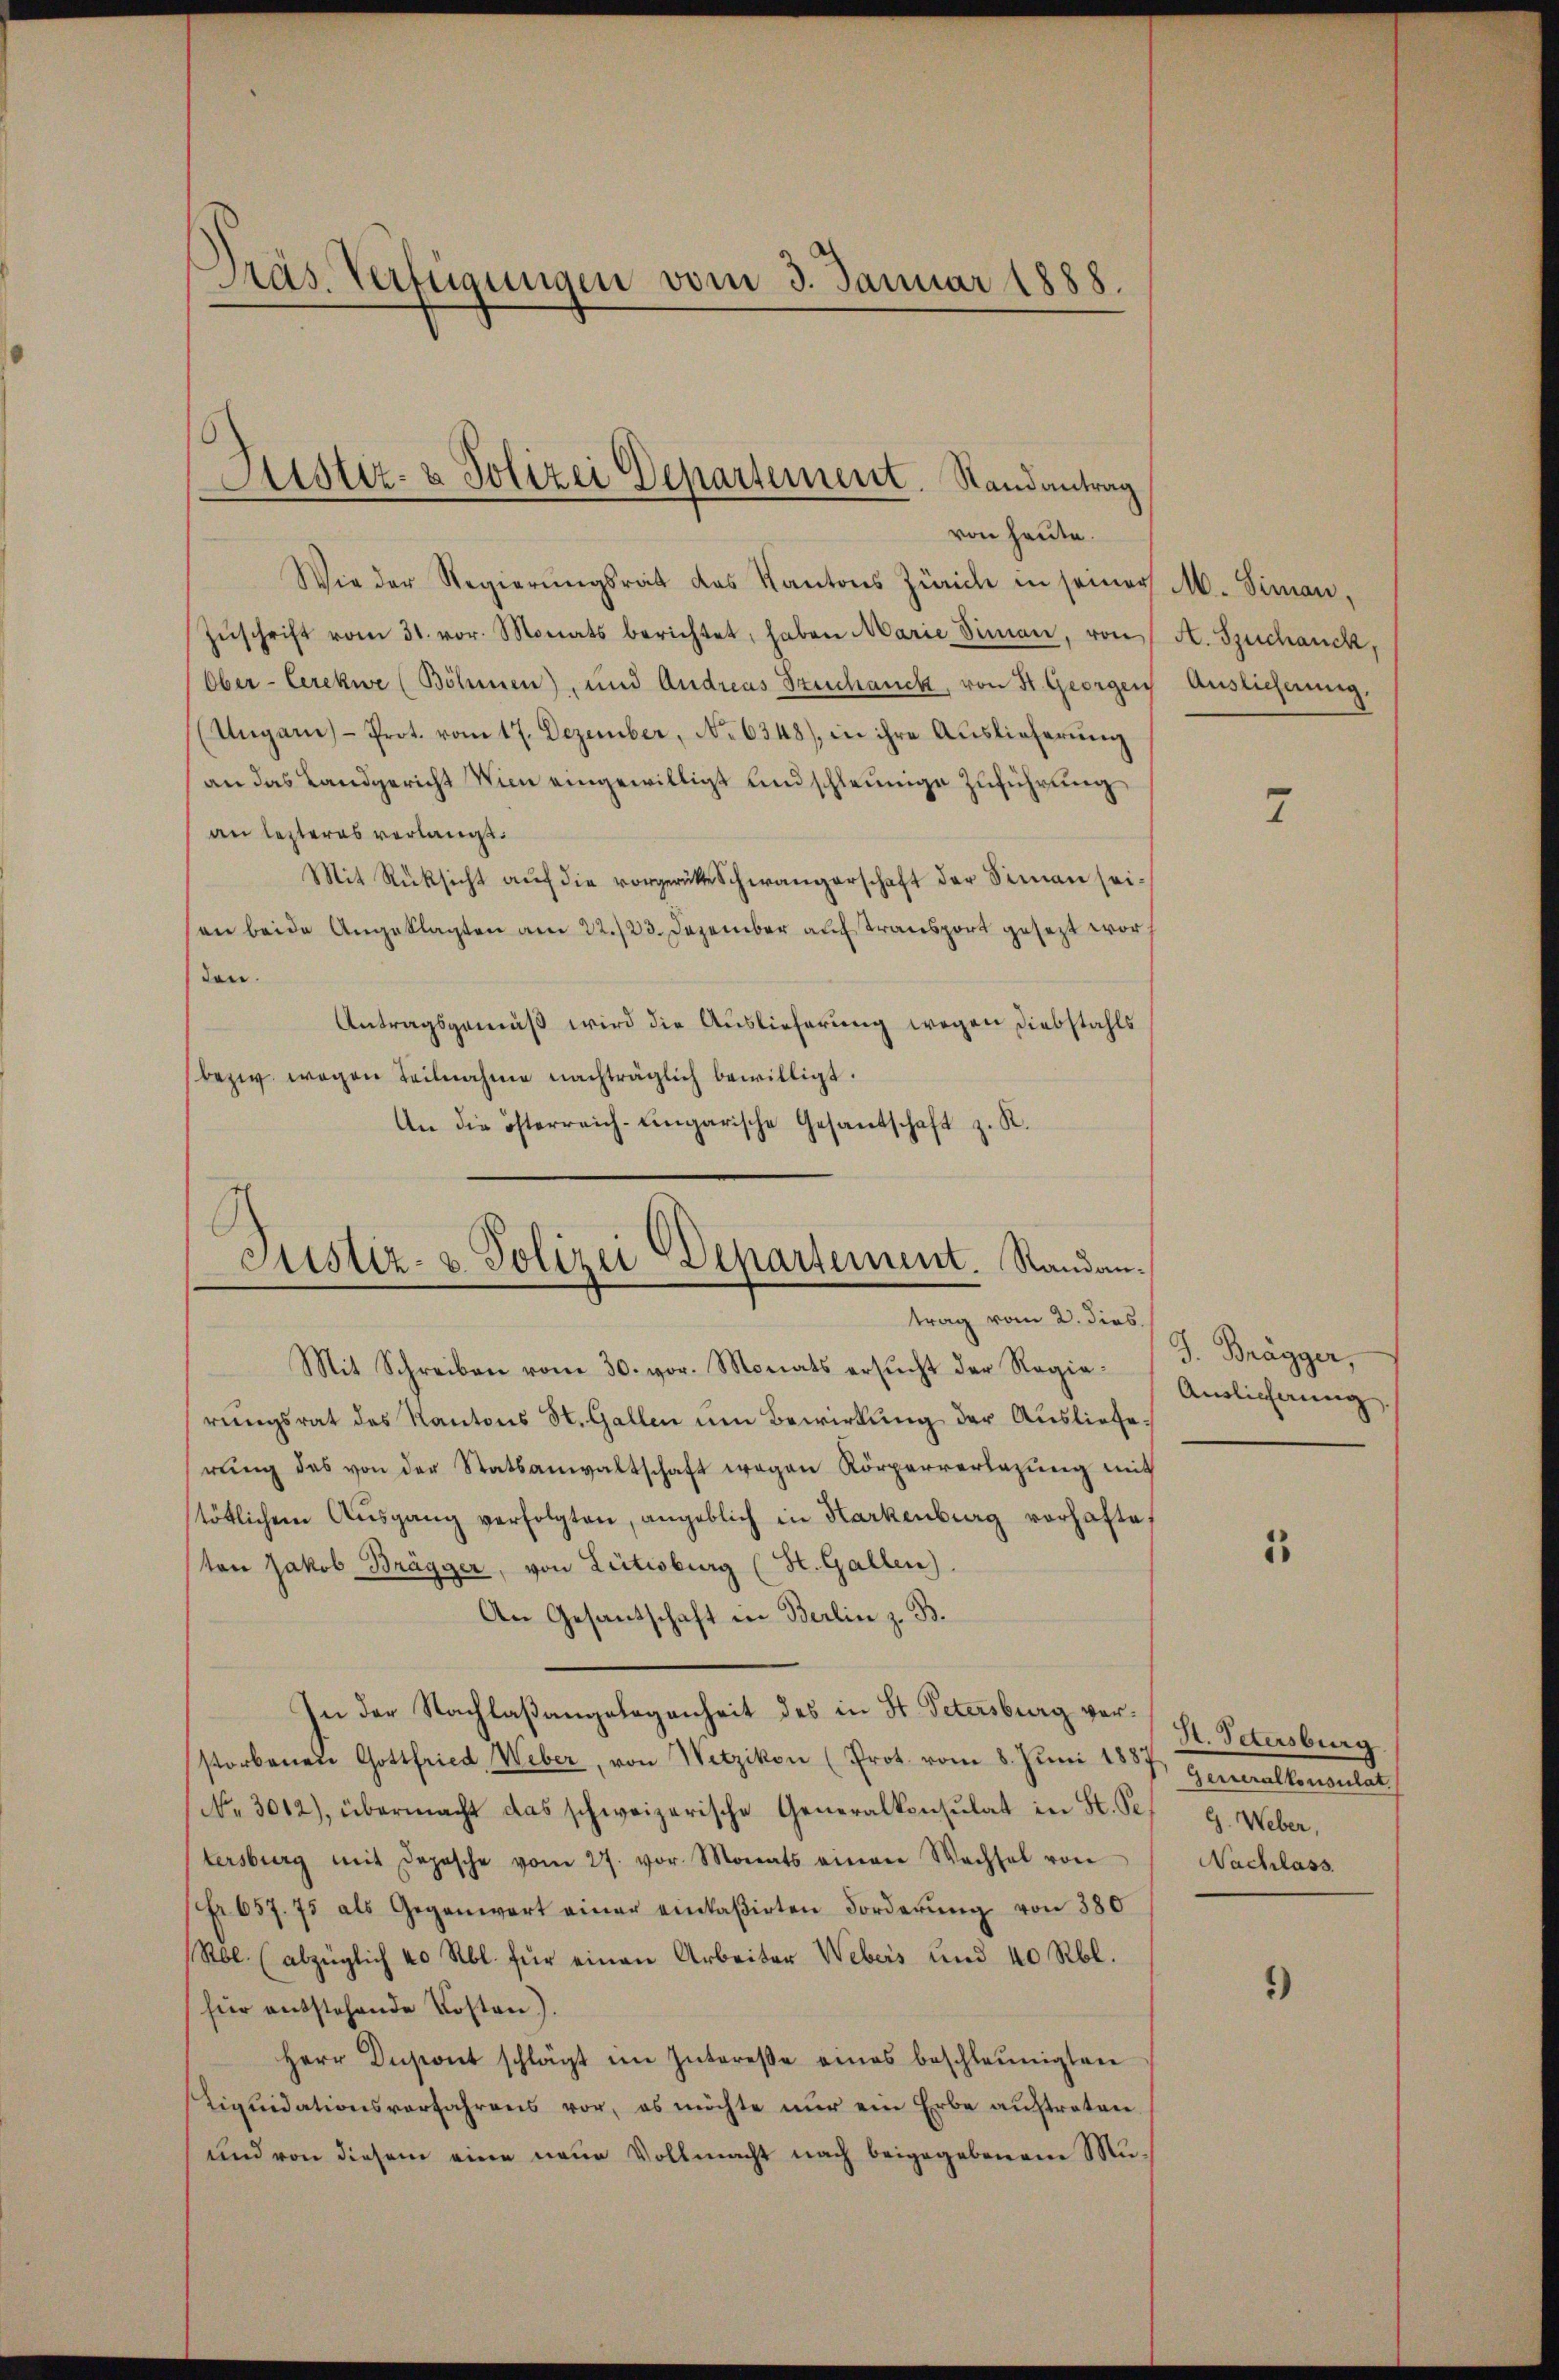
Dräs. Verfügungen vom 3. Januar 1888.

Justiz- & Polizei Departement. Randantrag

von heute.
Wie der Regierŭngsrat des Kantons Zürich in seiner M. Simon,
Zŭschrift vom 31. vor. Monats berichtet, haben Marie Simon, von St. Suchanck,
Ober-Cerekwe (Böhmen) und Andreas Szechanck, von St. Georgen
(Ungaris - Prot. vom 17. Dezember, No 6348), in ihre Auslieferŭng
an das Landgericht Wien eingewilligt und schleunige Zuführung
an lezteres verlangt.
Mit Rüksicht aŭf die vorgerükte Schwängerschaft der Seman seian beide Angeklagten am 22./23. Dezember auf Tras gesezt worden.
Antragsgemäß wird die Auslieferung wegen Diebstahls
bezw. wegen Teilnahme nachträglich bewilligt.
An die österreich-ungarische Gesandschaft z. R.

Justiz- u. Polizei Departement. Randantrag vom 2. dies

Mit Schreiben vom 30. vor. Monats ersŭcht der Regie-Amlichnŭng.
rungsrat des Kantons St. Gallen um Bewirkung der Auslieferŭng des von der Statsanwaltschaft wegen Körperverlegung mit
stötlichem Ausgang verfolgten, angeblich in Harkenburg vorhafte
ten Jakob Brägger, von Lectisburg (St. Gallen.
An Gesantschaft in Berlin z. B.
In der Nachlaßangelegenheit des in St. Petersburg verstorbenen Gottfried, Weber, von Wetzikon (Prot. vom 8. Juni 1857, Generalkonsulat
No 3012), übermacht das schweizerische Generalkonsulat in St. Seg. Weber,
tersburg mit Depesche vom 27. vor. Monats einen Wachsel von
Fr 657. 75 als Gegenwart einer einkaßirten Forderung von 380
Rbl. (abzüglich 40 Rbl. für einen Arbeiter Webers und 40 Rbl.
(für entstehende Kosten).
Herr Dnsont schlägt im Intereße eines beschleunigten
Liqŭidationsverfahrens vor, es möchte nŭr ein Erbe aŭftreten.
und von diesem eine neue Vollmacht nach beigegebenen Mu¬

Auslieferung.

7

J. Brägger,

1

H. Petersburg
Nachlass

*)